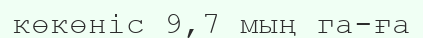
көкөніс 9,7 мың га-ға